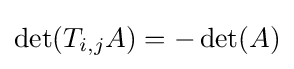
\det(T_{i,j}A)=-\det(A)